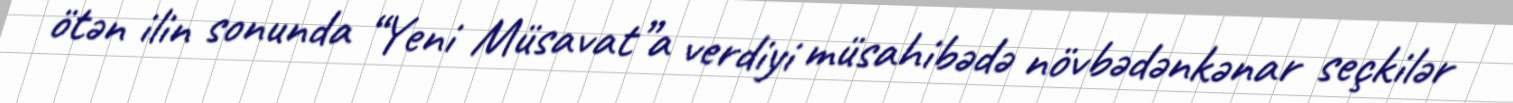
ötən ilin sonunda “Yeni Müsavat”a verdiyi müsahibədə növbədənkənar seçkilər